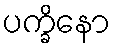
ပက္ခိနော